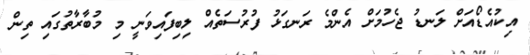
އިކުއެޑޯއަށް ލަނޑު ޖެހުމަށް އެންމެ ރަނގަޅު ފުރުސަތެއް ލިބިފައިވަނީ މި މުބާރާތުގައި ތިން